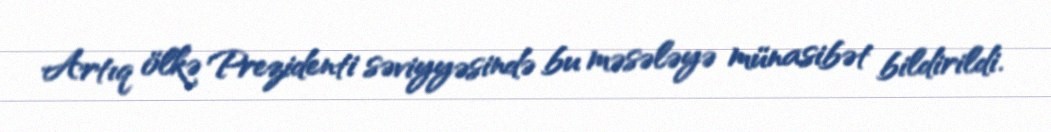
Artıq ölkə Prezidenti səviyyəsində bu məsələyə münasibət bildirildi.